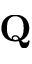
\mathbf { Q }